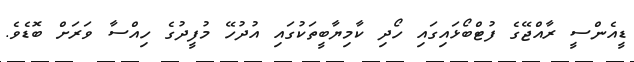
ޑީއެންސީ ރާއްޖޭގެ ފުޓްބޯޅައިގައި ހޯދި ކާމިޔާބީތަކުގައި އުދުހޭ މުފީދުގެ ހިއްސާ ވަރަށް ބޮޑެވެ.